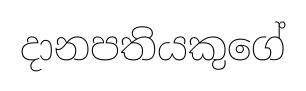
දානපතියකුගේ